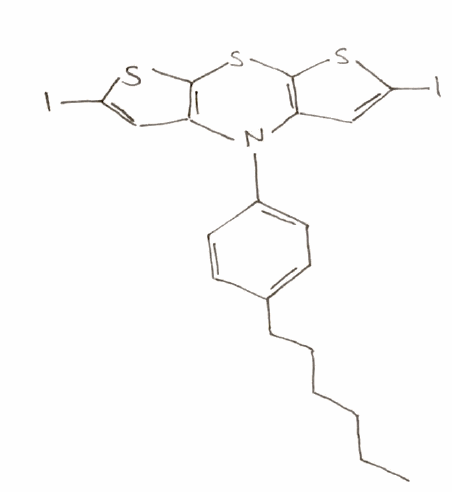
Simplified molecular-input line-entry system (SMILES) notation of the given molecule:
CCCCCCC1=CC=C(C=C1)N2C3=C(SC(=C3)I)SC4=C2C=C(S4)I